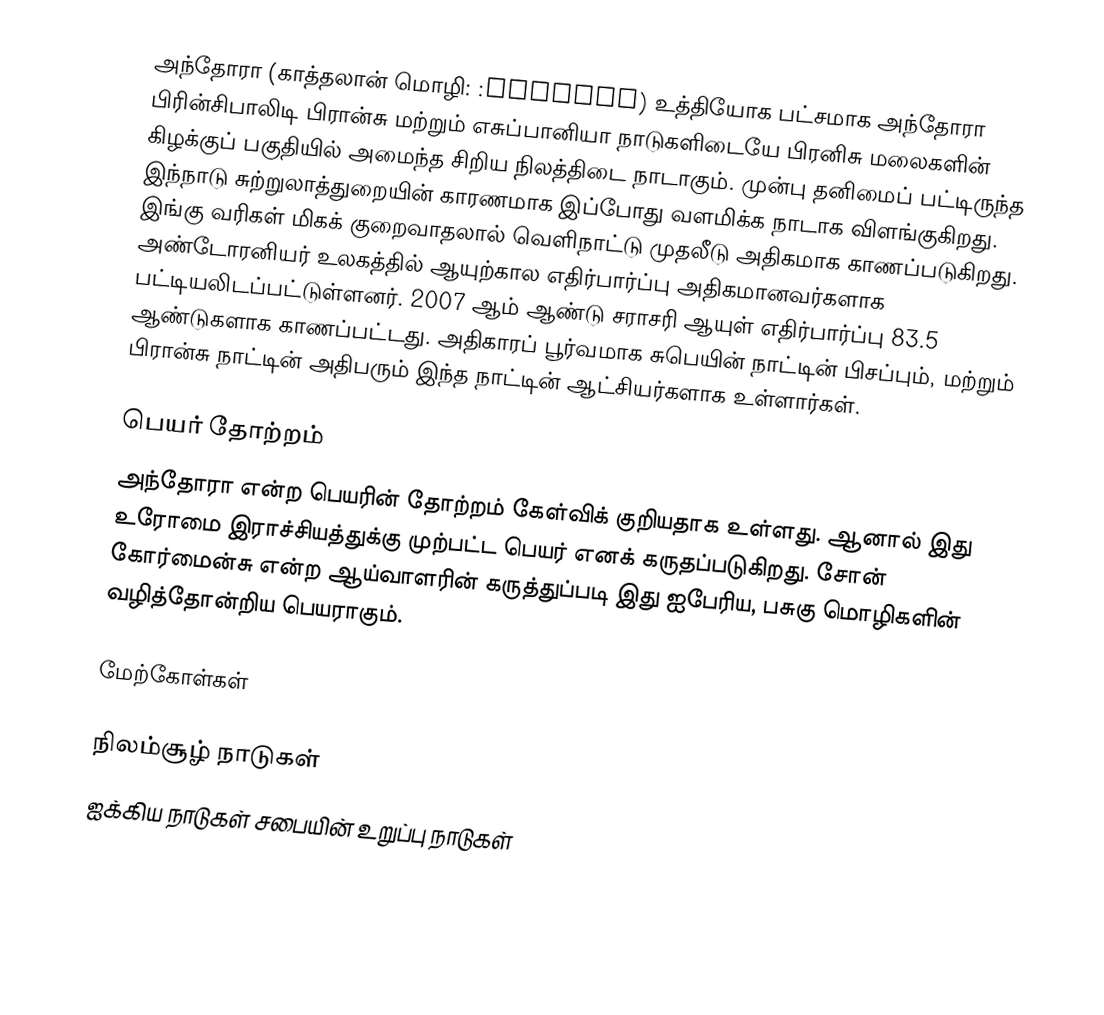
அந்தோரா (காத்தலான் மொழி: :Andorra) உத்தியோக பட்சமாக அந்தோரா பிரின்சிபாலிடி பிரான்சு மற்றும் எசுப்பானியா நாடுகளிடையே பிரனிசு மலைகளின் கிழக்குப் பகுதியில் அமைந்த சிறிய நிலத்திடை நாடாகும். முன்பு தனிமைப் பட்டிருந்த இந்நாடு சுற்றுலாத்துறையின் காரணமாக இப்போது வளமிக்க நாடாக விளங்குகிறது. இங்கு வரிகள் மிகக் குறைவாதலால் வெளிநாட்டு முதலீடு அதிகமாக காணப்படுகிறது. அண்டோரனியர் உலகத்தில் ஆயுற்கால எதிர்பார்ப்பு அதிகமானவர்களாக பட்டியலிடப்பட்டுள்ளனர். 2007 ஆம் ஆண்டு சராசரி ஆயுள் எதிர்பார்ப்பு 83.5 ஆண்டுகளாக காணப்பட்டது. அதிகாரப் பூர்வமாக சுபெயின் நாட்டின் பிசப்பும், மற்றும் பிரான்சு நாட்டின் அதிபரும் இந்த நாட்டின் ஆட்சியர்களாக உள்ளார்கள்.

பெயர் தோற்றம்
அந்தோரா என்ற பெயரின் தோற்றம் கேள்விக் குறியதாக உள்ளது. ஆனால் இது உரோமை இராச்சியத்துக்கு முற்பட்ட பெயர் எனக் கருதப்படுகிறது. சோன் கோர்மைன்சு என்ற ஆய்வாளரின் கருத்துப்படி இது ஐபேரிய, பசுகு மொழிகளின் வழித்தோன்றிய பெயராகும்.

மேற்கோள்கள்

நிலம்சூழ் நாடுகள்
ஐக்கிய நாடுகள் சபையின் உறுப்பு நாடுகள்